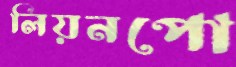
লিয়নপো